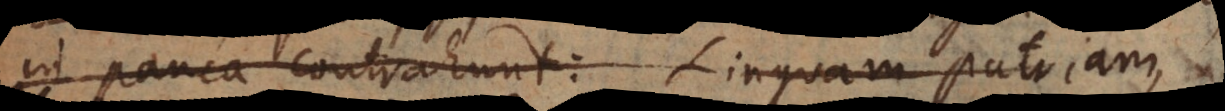
in pauca contrahunt: Linguam patriam,